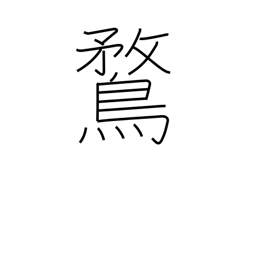
Meaning: domestic duck